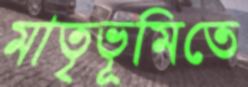
মাতৃভূমিতে